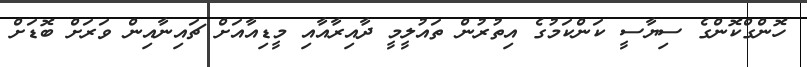
ހޮންގްކޮންގެ ސިޔާސީ ކަންކަމުގެ އިތުރުން ތައުލީމީ ދާއިރާއާއި މީޑިއާއަށް ޗައިނާއިން ވަރަށް ބޮޑަށް